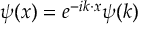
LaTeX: \psi ( x ) = e ^ { - i k \cdot x } \psi ( k )